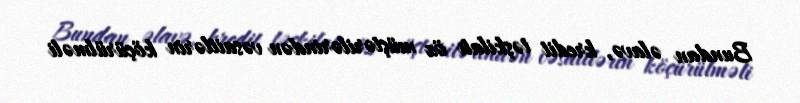
Bundan əlavə, kredit təşkilatı öz müştərilərindən vəsaitlərin köçürülməli